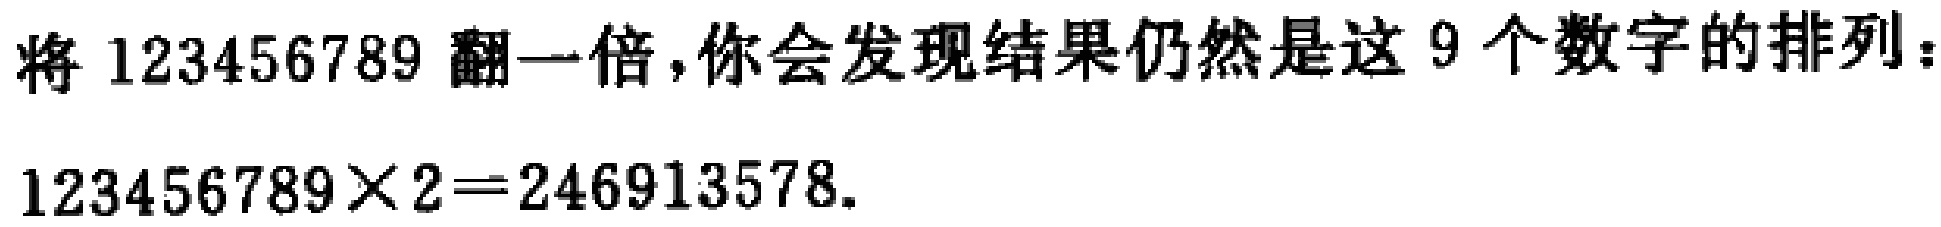
将 \(123456789\) 翻一倍，你会发现结果仍然是这 \(9\) 个数字的排列：

\(123456789\times2 = 246913578\).